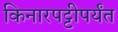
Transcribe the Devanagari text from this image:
किनारपट्टीपर्यंत